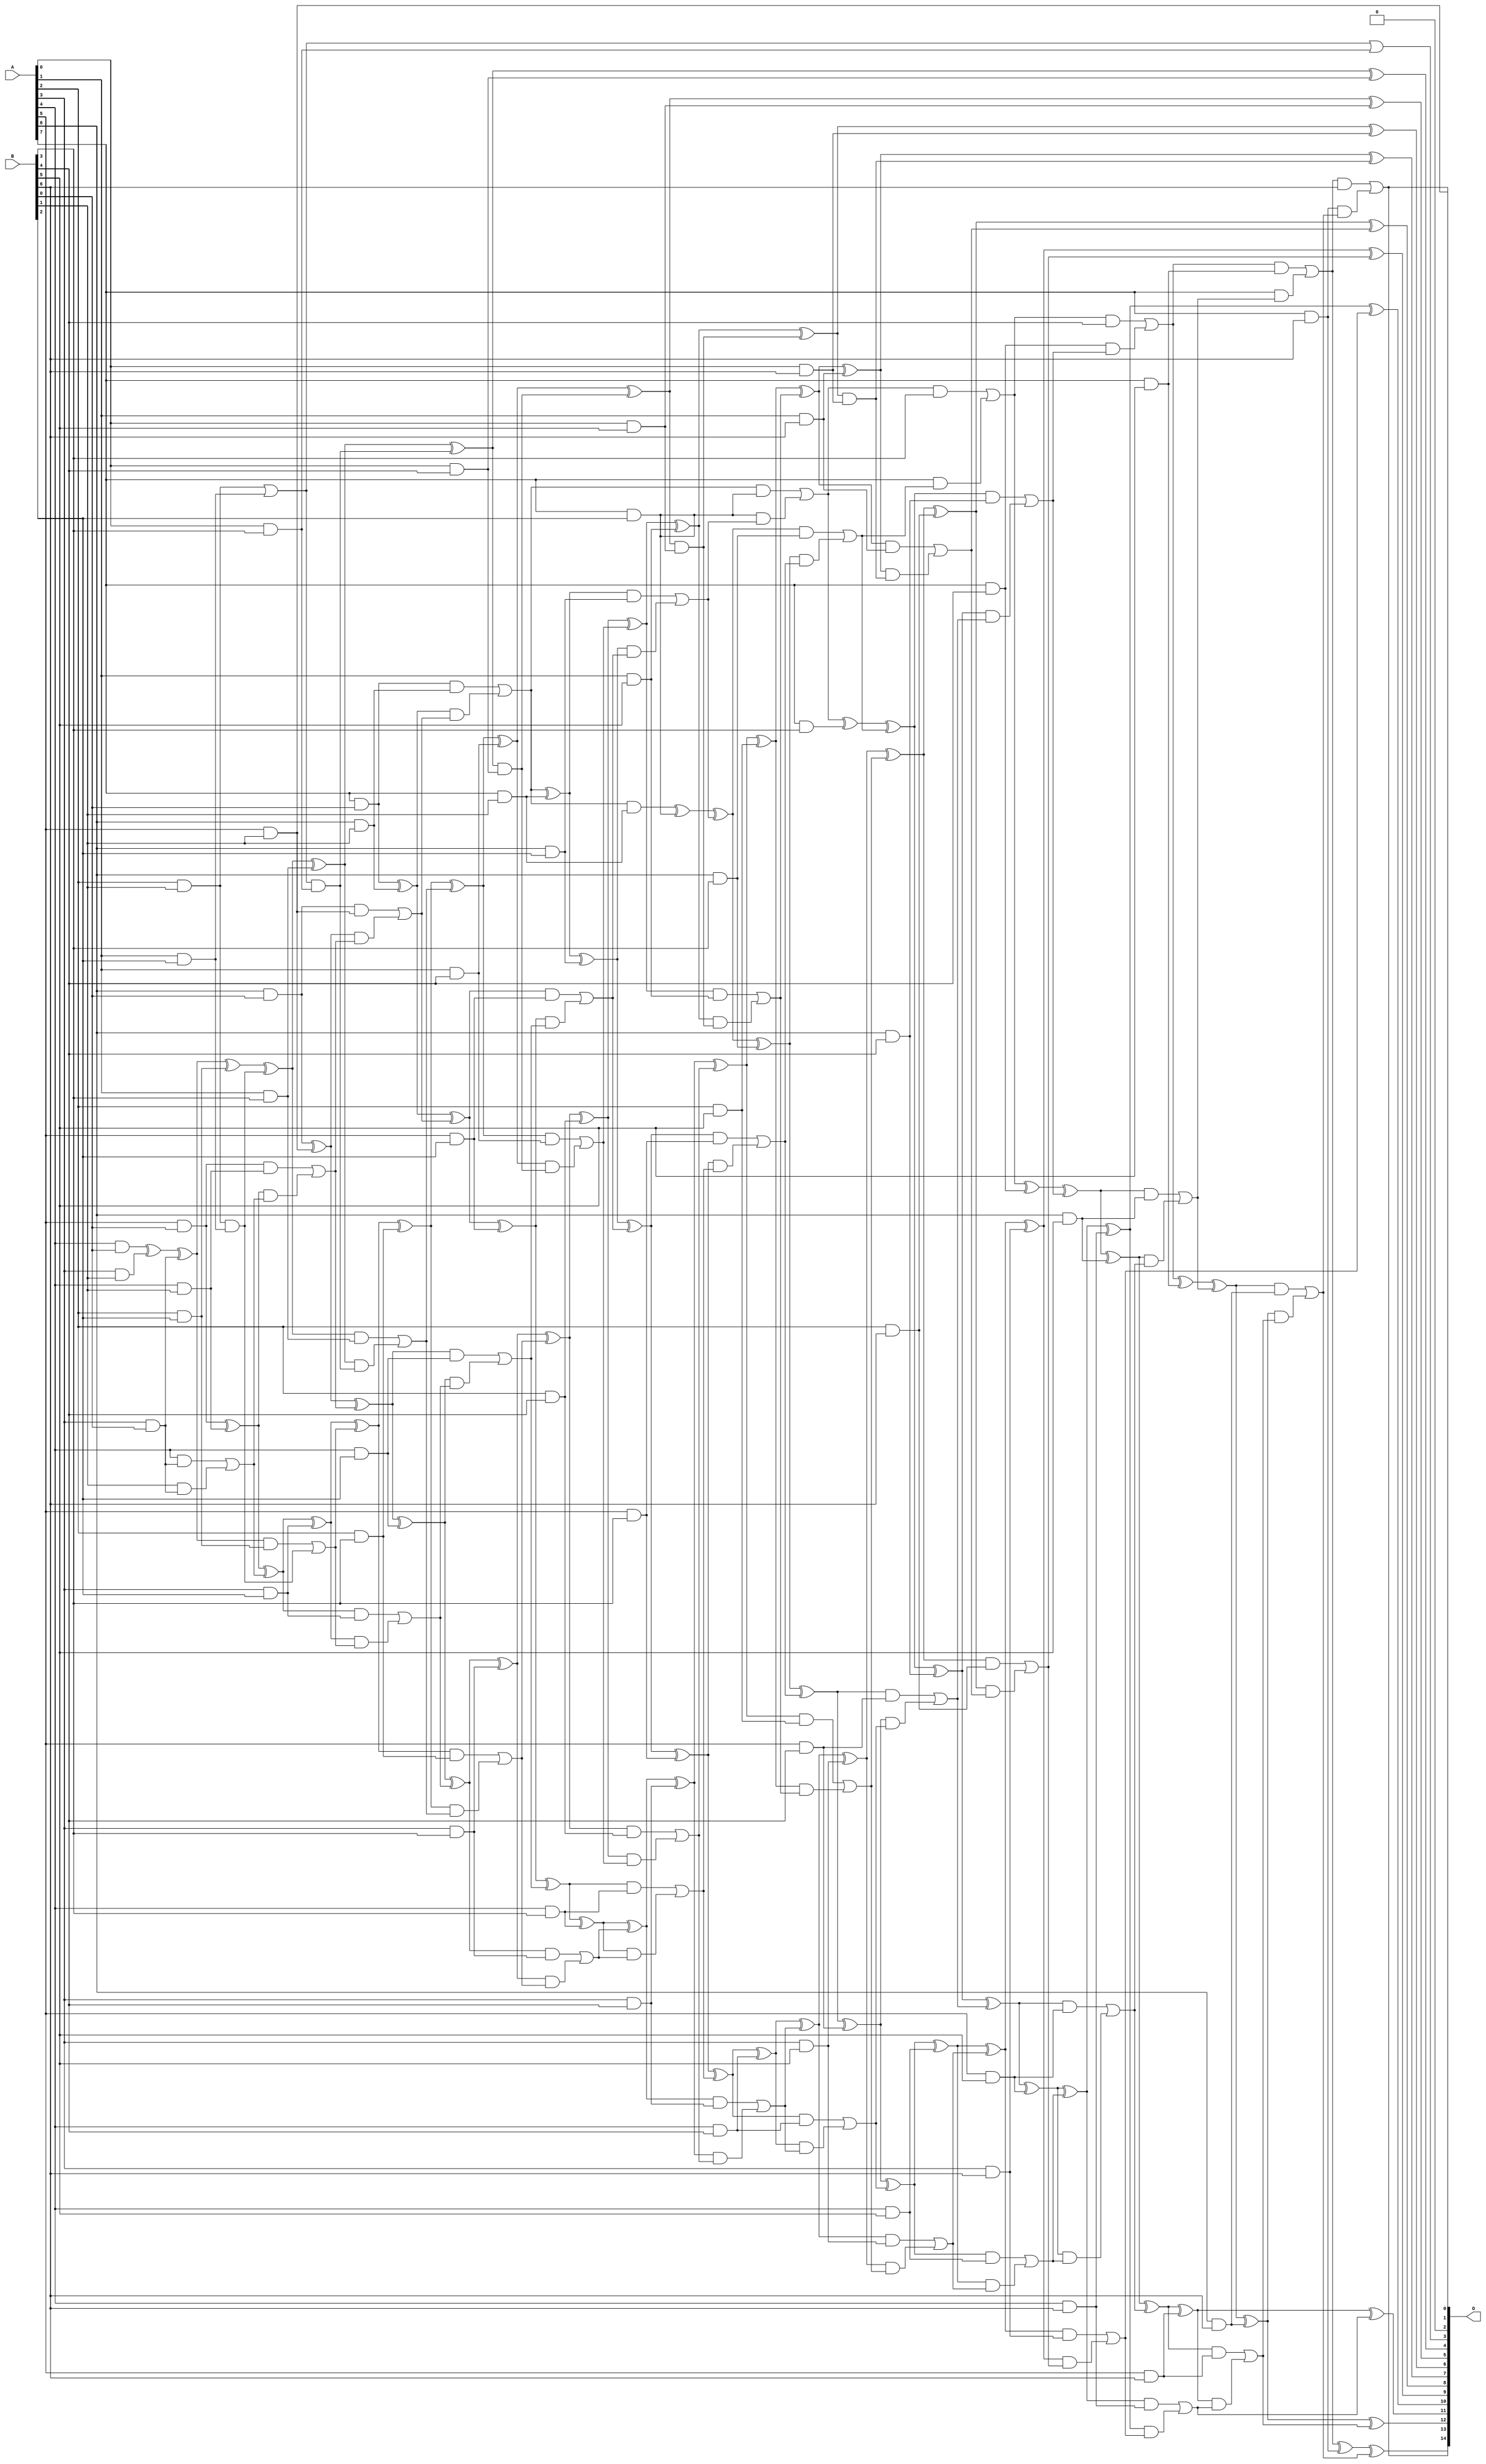
// This program was cloned from: https://github.com/ehw-fit/evoapproxlib
// License: MIT License

/***
* This code is a part of EvoApproxLib library (ehw.fit.vutbr.cz/approxlib) distributed under The MIT License.
* When used, please cite the following article(s): V. Mrazek, L. Sekanina, Z. Vasicek "Libraries of Approximate Circuits: Automated Design and Application in CNN Accelerators" IEEE Journal on Emerging and Selected Topics in Circuits and Systems, Vol 10, No 4, 2020 
* This file contains a circuit from a sub-set of pareto optimal circuits with respect to the pwr and ep parameters
***/
// MAE% = 0.01 %
// MAE = 3.3 
// WCE% = 0.04 %
// WCE = 13 
// WCRE% = 100.00 %
// EP% = 76.38 %
// MRE% = 0.36 %
// MSE = 19 
// PDK45_PWR = 0.311 mW
// PDK45_AREA = 569.7 um2
// PDK45_DELAY = 1.57 ns

module mul8x7u_3LF (
    A,
    B,
    O
);

input [7:0] A;
input [6:0] B;
output [14:0] O;

wire sig_18,sig_20,sig_21,sig_22,sig_25,sig_26,sig_27,sig_28,sig_29,sig_30,sig_31,sig_43,sig_44,sig_45,sig_46,sig_47,sig_48,sig_49,sig_50,sig_51;
wire sig_52,sig_53,sig_54,sig_55,sig_56,sig_57,sig_58,sig_59,sig_60,sig_61,sig_62,sig_63,sig_64,sig_66,sig_67,sig_68,sig_69,sig_70,sig_71,sig_72;
wire sig_73,sig_75,sig_80,sig_81,sig_83,sig_84,sig_85,sig_86,sig_87,sig_88,sig_89,sig_90,sig_91,sig_92,sig_93,sig_94,sig_95,sig_96,sig_97,sig_98;
wire sig_99,sig_100,sig_101,sig_102,sig_103,sig_104,sig_105,sig_106,sig_107,sig_108,sig_109,sig_110,sig_111,sig_112,sig_113,sig_114,sig_115,sig_116,sig_117,sig_118;
wire sig_119,sig_120,sig_121,sig_122,sig_123,sig_124,sig_125,sig_126,sig_127,sig_128,sig_129,sig_130,sig_131,sig_132,sig_133,sig_134,sig_135,sig_136,sig_137,sig_138;
wire sig_139,sig_140,sig_141,sig_142,sig_143,sig_144,sig_145,sig_146,sig_147,sig_148,sig_149,sig_150,sig_151,sig_152,sig_153,sig_154,sig_155,sig_156,sig_157,sig_158;
wire sig_159,sig_160,sig_161,sig_162,sig_163,sig_164,sig_165,sig_166,sig_167,sig_168,sig_169,sig_170,sig_171,sig_172,sig_173,sig_174,sig_175,sig_176,sig_177,sig_178;
wire sig_179,sig_180,sig_181,sig_182,sig_183,sig_184,sig_185,sig_186,sig_187,sig_188,sig_189,sig_190,sig_191,sig_192,sig_193,sig_194,sig_195,sig_196,sig_197,sig_198;
wire sig_199,sig_200,sig_201,sig_202,sig_203,sig_204,sig_205,sig_206,sig_207,sig_208,sig_209,sig_210,sig_211,sig_212,sig_213,sig_214,sig_215,sig_216,sig_217,sig_218;
wire sig_219,sig_220,sig_221,sig_222,sig_223,sig_224,sig_225,sig_226,sig_227,sig_228,sig_229,sig_230,sig_231,sig_232,sig_233,sig_234,sig_235,sig_236,sig_237,sig_238;
wire sig_239,sig_240,sig_241,sig_242,sig_243,sig_244,sig_245,sig_246,sig_247,sig_248,sig_249,sig_250,sig_251,sig_252,sig_253,sig_254,sig_255,sig_256,sig_257,sig_258;
wire sig_259,sig_260,sig_261,sig_262,sig_263,sig_264,sig_265,sig_266,sig_267,sig_268,sig_269,sig_270,sig_271,sig_272,sig_273,sig_274,sig_275,sig_276,sig_277,sig_278;
wire sig_279,sig_280,sig_281,sig_282,sig_283,sig_284,sig_285,sig_286,sig_287,sig_288,sig_289;

assign sig_18 = A[3] & B[0];
assign sig_20 = A[5] & B[0];
assign sig_21 = A[6] & B[0];
assign sig_22 = A[7] & B[0];
assign sig_25 = A[2] & B[1];
assign sig_26 = A[3] & B[1];
assign sig_27 = A[4] & B[1];
assign sig_28 = A[5] & B[1];
assign sig_29 = A[6] & B[1];
assign sig_30 = A[7] & B[1];
assign sig_31 = A[4] & B[0];
assign sig_43 = sig_31 ^ sig_26;
assign sig_44 = A[4] & sig_18;
assign sig_45 = B[1] & sig_18;
assign sig_46 = sig_43 ^ sig_18;
assign sig_47 = sig_44 | sig_45;
assign sig_48 = sig_20 ^ sig_27;
assign sig_49 = sig_20 & sig_27;
assign sig_50 = sig_48 & sig_47;
assign sig_51 = sig_48 ^ sig_47;
assign sig_52 = sig_49 | sig_50;
assign sig_53 = sig_21 ^ sig_28;
assign sig_54 = sig_21 & sig_28;
assign sig_55 = sig_53 & sig_52;
assign sig_56 = sig_53 ^ sig_52;
assign sig_57 = sig_54 | sig_55;
assign sig_58 = sig_22 ^ sig_29;
assign sig_59 = sig_22 & sig_29;
assign sig_60 = sig_58 & sig_57;
assign sig_61 = sig_58 ^ sig_57;
assign sig_62 = sig_59 | sig_60;
assign sig_63 = sig_62 & sig_30;
assign sig_64 = sig_62 ^ sig_30;
assign sig_66 = A[1] & B[2];
assign sig_67 = A[2] & B[2];
assign sig_68 = A[3] & B[2];
assign sig_69 = A[4] & B[2];
assign sig_70 = A[5] & B[2];
assign sig_71 = A[6] & B[2];
assign sig_72 = A[7] & B[2];
assign sig_73 = sig_25 & sig_66;
assign sig_75 = sig_25 | sig_66;
assign sig_80 = sig_46 ^ sig_67;
assign sig_81 = sig_46 & sig_67;
assign sig_83 = sig_80 ^ sig_73;
assign sig_84 = sig_81 | sig_73;
assign sig_85 = sig_51 ^ sig_68;
assign sig_86 = sig_51 & sig_68;
assign sig_87 = sig_85 & sig_84;
assign sig_88 = sig_85 ^ sig_84;
assign sig_89 = sig_86 | sig_87;
assign sig_90 = sig_56 ^ sig_69;
assign sig_91 = sig_56 & sig_69;
assign sig_92 = sig_90 & sig_89;
assign sig_93 = sig_90 ^ sig_89;
assign sig_94 = sig_91 | sig_92;
assign sig_95 = sig_61 ^ sig_70;
assign sig_96 = sig_61 & sig_70;
assign sig_97 = sig_95 & sig_94;
assign sig_98 = sig_95 ^ sig_94;
assign sig_99 = sig_96 | sig_97;
assign sig_100 = sig_64 ^ sig_71;
assign sig_101 = sig_64 & sig_71;
assign sig_102 = sig_100 & sig_99;
assign sig_103 = sig_100 ^ sig_99;
assign sig_104 = sig_101 | sig_102;
assign sig_105 = sig_63 ^ sig_72;
assign sig_106 = sig_62 & sig_72;
assign sig_107 = sig_72 & sig_104;
assign sig_108 = sig_105 ^ sig_104;
assign sig_109 = sig_106 | sig_107;
assign sig_110 = A[0] & B[3];
assign sig_111 = A[1] & B[3];
assign sig_112 = A[2] & B[3];
assign sig_113 = A[3] & B[3];
assign sig_114 = A[4] & B[3];
assign sig_115 = A[5] & B[3];
assign sig_116 = A[6] & B[3];
assign sig_117 = A[7] & B[3];
assign sig_118 = sig_75 & sig_110;
assign sig_119 = sig_75 | sig_110;
assign sig_120 = sig_83 ^ sig_111;
assign sig_121 = sig_83 & sig_111;
assign sig_122 = sig_120 & sig_118;
assign sig_123 = sig_120 ^ sig_118;
assign sig_124 = sig_121 | sig_122;
assign sig_125 = sig_88 ^ sig_112;
assign sig_126 = sig_88 & sig_112;
assign sig_127 = sig_125 & sig_124;
assign sig_128 = sig_125 ^ sig_124;
assign sig_129 = sig_126 | sig_127;
assign sig_130 = sig_93 ^ sig_113;
assign sig_131 = sig_93 & sig_113;
assign sig_132 = sig_130 & sig_129;
assign sig_133 = sig_130 ^ sig_129;
assign sig_134 = sig_131 | sig_132;
assign sig_135 = sig_98 ^ sig_114;
assign sig_136 = sig_98 & sig_114;
assign sig_137 = sig_135 & sig_134;
assign sig_138 = sig_135 ^ sig_134;
assign sig_139 = sig_136 | sig_137;
assign sig_140 = sig_103 ^ sig_115;
assign sig_141 = sig_103 & sig_115;
assign sig_142 = sig_140 & sig_139;
assign sig_143 = sig_140 ^ sig_139;
assign sig_144 = sig_141 | sig_142;
assign sig_145 = sig_108 ^ sig_116;
assign sig_146 = sig_108 & sig_116;
assign sig_147 = sig_145 & sig_144;
assign sig_148 = sig_145 ^ sig_144;
assign sig_149 = sig_146 | sig_147;
assign sig_150 = sig_109 ^ sig_117;
assign sig_151 = sig_109 & B[3];
assign sig_152 = A[7] & sig_149;
assign sig_153 = sig_150 ^ sig_149;
assign sig_154 = sig_151 | sig_152;
assign sig_155 = A[0] & B[4];
assign sig_156 = A[1] & B[4];
assign sig_157 = A[2] & B[4];
assign sig_158 = A[3] & B[4];
assign sig_159 = A[4] & B[4];
assign sig_160 = A[5] & B[4];
assign sig_161 = A[6] & B[4];
assign sig_162 = A[7] & B[4];
assign sig_163 = sig_123 & sig_155;
assign sig_164 = sig_123 ^ sig_155;
assign sig_165 = sig_128 ^ sig_156;
assign sig_166 = sig_128 & sig_156;
assign sig_167 = sig_165 & sig_163;
assign sig_168 = sig_165 ^ sig_163;
assign sig_169 = sig_166 | sig_167;
assign sig_170 = sig_133 ^ sig_157;
assign sig_171 = sig_133 & sig_157;
assign sig_172 = sig_170 & sig_169;
assign sig_173 = sig_170 ^ sig_169;
assign sig_174 = sig_171 | sig_172;
assign sig_175 = sig_138 ^ sig_158;
assign sig_176 = sig_138 & sig_158;
assign sig_177 = sig_175 & sig_174;
assign sig_178 = sig_175 ^ sig_174;
assign sig_179 = sig_176 | sig_177;
assign sig_180 = sig_143 ^ sig_159;
assign sig_181 = sig_143 & sig_159;
assign sig_182 = sig_180 & sig_179;
assign sig_183 = sig_180 ^ sig_179;
assign sig_184 = sig_181 | sig_182;
assign sig_185 = sig_148 ^ sig_160;
assign sig_186 = sig_148 & sig_160;
assign sig_187 = sig_185 & sig_184;
assign sig_188 = sig_185 ^ sig_184;
assign sig_189 = sig_186 | sig_187;
assign sig_190 = sig_153 ^ sig_161;
assign sig_191 = sig_153 & sig_161;
assign sig_192 = sig_190 & sig_189;
assign sig_193 = sig_190 ^ sig_189;
assign sig_194 = sig_191 | sig_192;
assign sig_195 = sig_154 ^ sig_162;
assign sig_196 = sig_154 & B[4];
assign sig_197 = sig_162 & sig_194;
assign sig_198 = sig_195 ^ sig_194;
assign sig_199 = sig_196 | sig_197;
assign sig_200 = A[0] & B[5];
assign sig_201 = A[1] & B[5];
assign sig_202 = A[2] & B[5];
assign sig_203 = A[3] & B[5];
assign sig_204 = A[4] & B[5];
assign sig_205 = A[5] & B[5];
assign sig_206 = A[6] & B[5];
assign sig_207 = A[7] & B[5];
assign sig_208 = sig_168 & sig_200;
assign sig_209 = sig_168 ^ sig_200;
assign sig_210 = sig_173 ^ sig_201;
assign sig_211 = sig_173 & sig_201;
assign sig_212 = sig_210 & sig_208;
assign sig_213 = sig_210 ^ sig_208;
assign sig_214 = sig_211 | sig_212;
assign sig_215 = sig_178 ^ sig_202;
assign sig_216 = sig_178 & sig_202;
assign sig_217 = sig_215 & sig_214;
assign sig_218 = sig_215 ^ sig_214;
assign sig_219 = sig_216 | sig_217;
assign sig_220 = sig_183 ^ sig_203;
assign sig_221 = sig_183 & sig_203;
assign sig_222 = sig_220 & sig_219;
assign sig_223 = sig_220 ^ sig_219;
assign sig_224 = sig_221 | sig_222;
assign sig_225 = sig_188 ^ sig_204;
assign sig_226 = sig_188 & sig_204;
assign sig_227 = sig_225 & sig_224;
assign sig_228 = sig_225 ^ sig_224;
assign sig_229 = sig_226 | sig_227;
assign sig_230 = sig_193 ^ sig_205;
assign sig_231 = sig_193 & sig_205;
assign sig_232 = sig_230 & sig_229;
assign sig_233 = sig_230 ^ sig_229;
assign sig_234 = sig_231 | sig_232;
assign sig_235 = sig_198 ^ sig_206;
assign sig_236 = sig_198 & sig_206;
assign sig_237 = sig_235 & sig_234;
assign sig_238 = sig_235 ^ sig_234;
assign sig_239 = sig_236 | sig_237;
assign sig_240 = sig_199 ^ sig_207;
assign sig_241 = sig_199 & sig_207;
assign sig_242 = A[7] & sig_239;
assign sig_243 = sig_240 ^ sig_239;
assign sig_244 = sig_241 | sig_242;
assign sig_245 = A[0] & B[6];
assign sig_246 = A[1] & B[6];
assign sig_247 = A[2] & B[6];
assign sig_248 = A[3] & B[6];
assign sig_249 = A[4] & B[6];
assign sig_250 = A[5] & B[6];
assign sig_251 = A[6] & B[6];
assign sig_252 = A[7] & B[6];
assign sig_253 = sig_213 & sig_245;
assign sig_254 = sig_213 ^ sig_245;
assign sig_255 = sig_218 ^ sig_246;
assign sig_256 = sig_218 & sig_246;
assign sig_257 = sig_255 & sig_253;
assign sig_258 = sig_255 ^ sig_253;
assign sig_259 = sig_256 | sig_257;
assign sig_260 = sig_223 ^ sig_247;
assign sig_261 = sig_223 & sig_247;
assign sig_262 = sig_260 & sig_259;
assign sig_263 = sig_260 ^ sig_259;
assign sig_264 = sig_261 | sig_262;
assign sig_265 = sig_228 ^ sig_248;
assign sig_266 = sig_228 & sig_248;
assign sig_267 = sig_265 & sig_264;
assign sig_268 = sig_265 ^ sig_264;
assign sig_269 = sig_266 | sig_267;
assign sig_270 = sig_233 ^ sig_249;
assign sig_271 = sig_233 & sig_249;
assign sig_272 = sig_270 & sig_269;
assign sig_273 = sig_270 ^ sig_269;
assign sig_274 = sig_271 | sig_272;
assign sig_275 = sig_238 ^ sig_250;
assign sig_276 = sig_238 & sig_250;
assign sig_277 = sig_275 & sig_274;
assign sig_278 = sig_275 ^ sig_274;
assign sig_279 = sig_276 | sig_277;
assign sig_280 = sig_243 ^ sig_251;
assign sig_281 = sig_243 & sig_251;
assign sig_282 = sig_280 & sig_279;
assign sig_283 = sig_280 ^ sig_279;
assign sig_284 = sig_281 | sig_282;
assign sig_285 = sig_244 ^ sig_252;
assign sig_286 = sig_244 & B[6];
assign sig_287 = sig_252 & sig_284;
assign sig_288 = sig_285 ^ sig_284;
assign sig_289 = sig_286 | sig_287;

assign O[14] = sig_289;
assign O[13] = sig_288;
assign O[12] = sig_283;
assign O[11] = sig_278;
assign O[10] = sig_273;
assign O[9] = sig_268;
assign O[8] = sig_263;
assign O[7] = sig_258;
assign O[6] = sig_254;
assign O[5] = sig_209;
assign O[4] = sig_164;
assign O[3] = sig_119;
assign O[2] = 1'b0;
assign O[1] = sig_28;
assign O[0] = sig_289;

endmodule